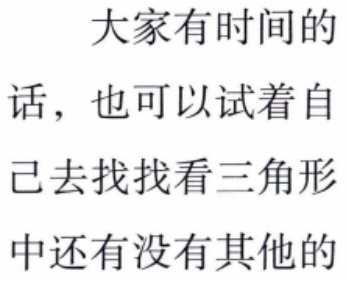
大家有时间的话，也可以试着自己去找找看三角形中还有没有其他的